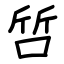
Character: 啠